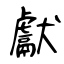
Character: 獻